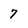
Character: 7